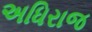
અધિરાજ